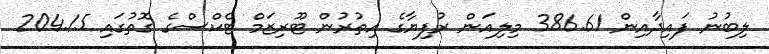
ލިބުނު ފައިދާއިން 386.61 މިލިއަން ރުފިޔާގެ އިތުރުން ޓޫރިޒަމް ޓެކްސްގެ ގޮތުގައި 204.15